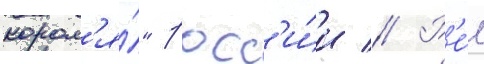
корол'я́" росс'и́и // Р'е́м